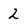
Character: 2